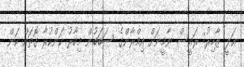
ޢަލީ ޒާހިރު: ރައީސް ޔާމީނަށް އިމްރާންގެ ސަބަބުން މިހާރު ކަންކުރާ ގޮތައް ކަން